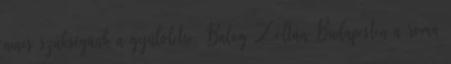
nincs szükségünk a gyűlöletre. Balog Zoltán Budapesten a roma